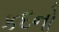
કદનો